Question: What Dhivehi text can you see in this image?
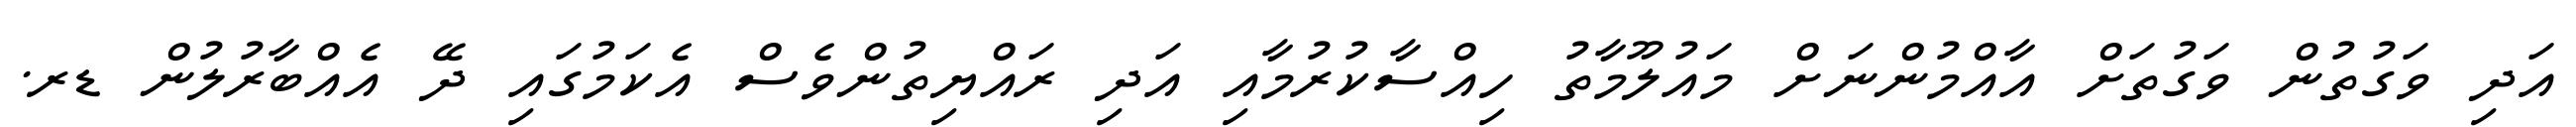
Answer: އަދި ވަގުތުން ވަގުތަށް އާއްމުންނަށް މައުލޫމާތު ހިއްސާކުރުމާއި އަދި ރައްޔިތުންވެސް އެކަމުގައި ދޭ އެއްބާރުލުން ޑރ.